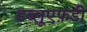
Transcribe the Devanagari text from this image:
डब्लूएफ़डी